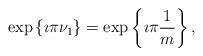
LaTeX: \begin{align*}\exp\left\{\imath\pi \nu_{1}\right\}=\exp\left\{\imath\pi\frac{1}{m}\right\},\end{align*}